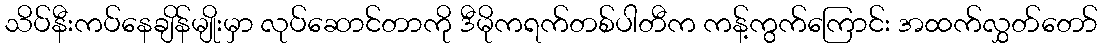
သိပ်နီးကပ်နေချိန်မျိုးမှာ လုပ်ဆောင်တာကို ဒီမိုကရက်တစ်ပါတီက ကန့်ကွက်ကြောင်း အထက်လွှတ်တော်